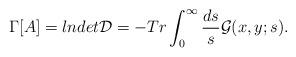
LaTeX: \begin{align*}\Gamma[A]=lndet{\cal D}=-Tr\int_{0}^{\infty}\frac{ds}{s}{\cal G}(x,y;s).\end{align*}